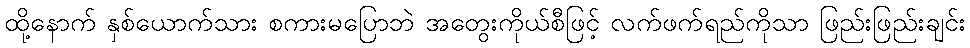
ထို့နောက် နှစ်ယောက်သား စကားမပြောဘဲ အတွေးကိုယ်စီဖြင့် လက်ဖက်ရည်ကိုသာ ဖြည်းဖြည်းချင်း